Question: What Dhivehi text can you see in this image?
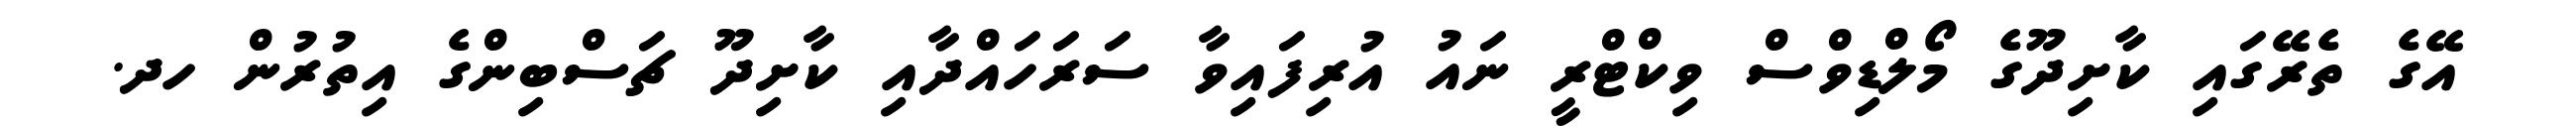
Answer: އޭގެ ތެރޭގައި ކާށިދޫގެ މޯލްޑިވްސް ވިކްޓްރީ ނައު އުރިފައިވާ ސަރަހައްދާއި ކާށިދޫ ޗަސްބިންގެ އިތުރުން ހދ.